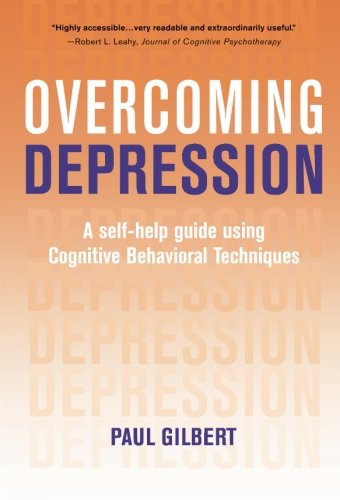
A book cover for Overcoming Depression: A Self-Help Guide Using Cognitive Behavioral Techniques; Paul Gilbert; Health, Fitness & Dieting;